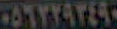
٠٥٦٢٢٩٣٤٩٠